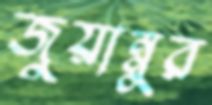
জুয়ান্নুর